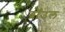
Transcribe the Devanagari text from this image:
ब्राॅउल